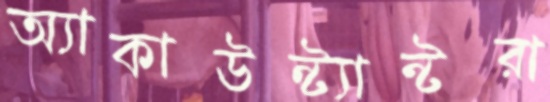
অ্যাকাউন্ট্যান্টরা